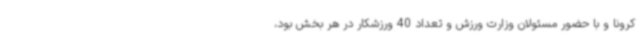
کرونا و با حضور مسئولان وزارت ورزش و تعداد 40 ورزشکار در هر بخش بود،